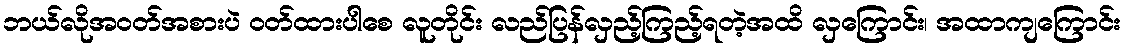
ဘယ်လိုအဝတ်အစားပဲ ဝတ်ထားပါစေ လူတိုင်း လည်ပြန်လှည့်ကြည့်ရတဲ့အထိ လှကြောင်း၊ အထာကျကြောင်း